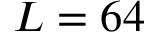
L = 6 4